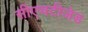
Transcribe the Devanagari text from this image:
सीएचटीजेड